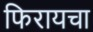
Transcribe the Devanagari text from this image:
फिरायचा